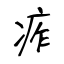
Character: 痄